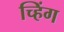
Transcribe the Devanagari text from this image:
च्हिंग